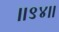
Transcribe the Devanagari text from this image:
।।९४।।